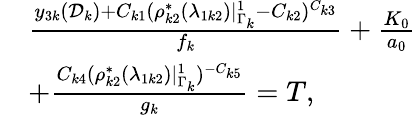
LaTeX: \begin{array}{rl}&{\frac{y_{3k}(\mathcal D_{k})+C_{k1}(\rho_{k2}^{*}(\lambda_{1k2})|_{\Gamma_{k}}^{1}-C_{k2})^{C_{k3}}}{f_{k}}+\frac{K_{0}}{a_{0}}}\\ &{+\frac{C_{k4}(\rho_{k2}^{*}(\lambda_{1k2})|_{\Gamma_{k}}^{1})^{-C_{k5}}}{g_{k}}=T,}\end{array}